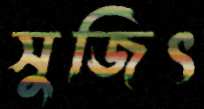
সুজিৎ